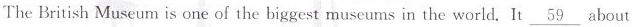
The British Museum is one of the biggest museums in the world. It \underline{59} about